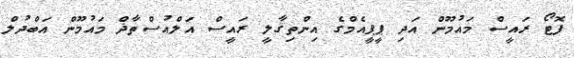
ފޮޓޯ ރައީސް މައުމޫން އަދި ޕީޕީއެމްގެ އިންތިޤާލީ ރައީސް އަލްއުސްތާޛް މައުމޫން އަބްދުލް